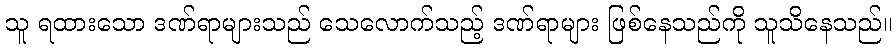
သူ ရထားသော ဒဏ်ရာများသည် သေလောက်သည့် ဒဏ်ရာများ ဖြစ်နေသည်ကို သူသိနေသည်။